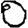
Digit: 0